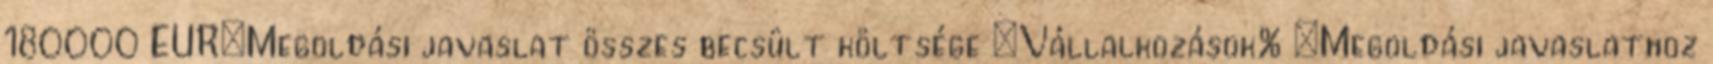
180000 EUR▪Megoldási javaslat összes becsült költsége ▪Vállalkozások% ▪Megoldási javaslathoz